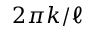
2 \pi k / \ell